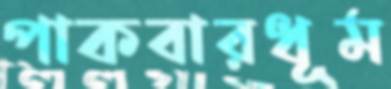
পাকবারধূম